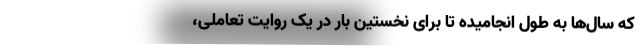
که سال‌ها به طول انجامیده تا برای نخستین بار در یک روایت تعاملی،